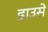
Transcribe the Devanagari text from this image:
डाउसे